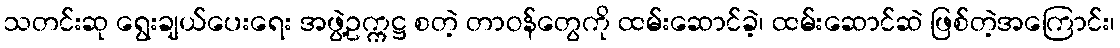
သတင်းဆု ရွေးချယ်ပေးရေး အဖွဲ့ဥက္ကဋ္ဌ စတဲ့ တာဝန်တွေကို ထမ်းဆောင်ခဲ့၊ ထမ်းဆောင်ဆဲ ဖြစ်တဲ့အကြောင်း၊